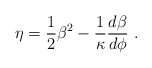
\begin{align*}\eta = {1\over 2}\beta^2 -\frac{1}{\kappa}{d\beta\over d\phi} ~.\end{align*}